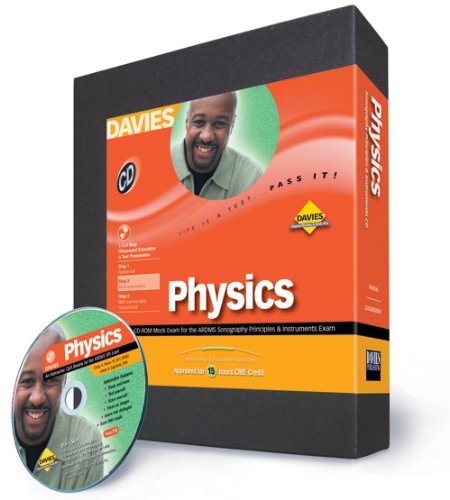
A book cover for Ultrasound Physics Cd-rom Mock Exam: Spi Edition; Cindy Owen; Medical Books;